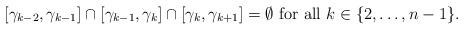
LaTeX: \begin{align*}[\gamma_{k-2},\gamma_{k-1}]\cap[\gamma_{k-1},\gamma_k]\cap[\gamma_k,\gamma_{k+1}]=\emptyset\mbox{ for all }k\in \{2,\dots,n-1\}.\end{align*}